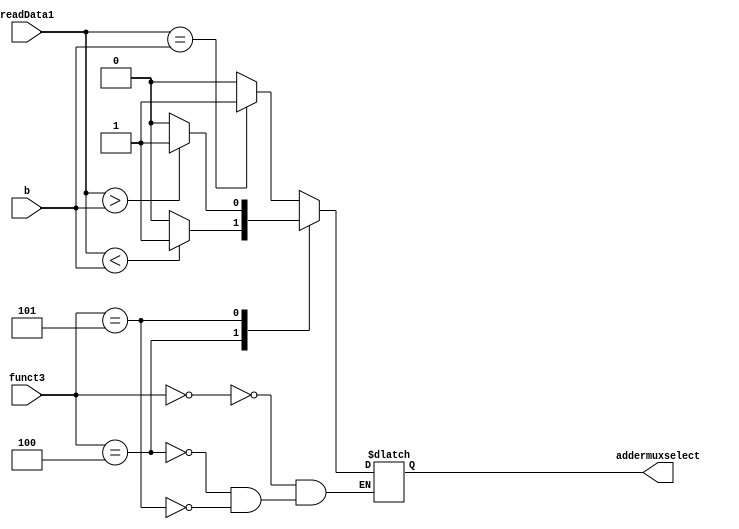
`timescale 1ns / 1ps

module branching_unit
  (
   input [2:0] funct3,
    input [63:0] readData1,
    input [63:0] b,
   output reg addermuxselect
  );
  
  initial
    begin
      addermuxselect = 1'b0;
    end
  
  always @(*)
	begin
      case (funct3)
        3'b000:
          begin
            if (readData1 == b)
              addermuxselect = 1'b1;
            else
              addermuxselect = 1'b0;
            end
         3'b100:
    		begin
              if (readData1 < b)
              addermuxselect = 1'b1;
            else
              addermuxselect = 1'b0;
            end
        3'b101:
          begin
            if (readData1 > b)
          	addermuxselect = 1'b1;
           else
              addermuxselect = 1'b0;
          end    
      endcase
     end
endmodule